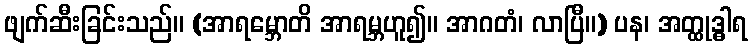
ဖျက်ဆီးခြင်းသည်။ (အာရမ္ဘောတိ အာရမ္ဘဟူ၍။ အာဂတံ၊ လာပြီ။) ပန၊ အတ္ထုဒ္ဓါရ